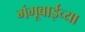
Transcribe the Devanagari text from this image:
गंगूबाईंच्या